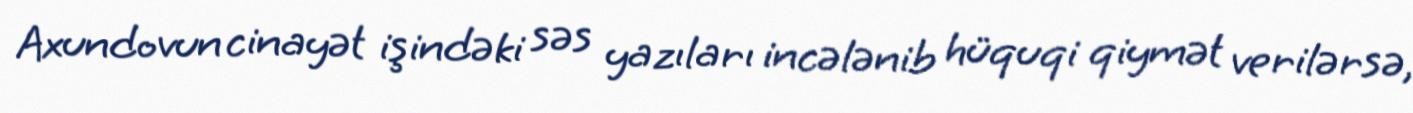
Axundovun cinayət işindəki səs yazıları incələnib hüquqi qiymət verilərsə,